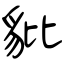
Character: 豼